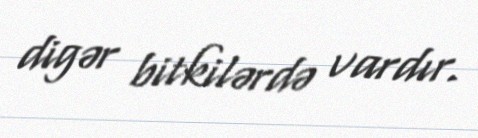
digər bitkilərdə vardır.